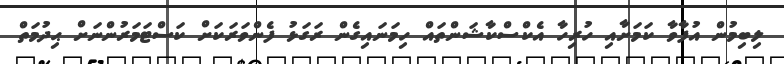
ލިބިމުން އުފާވާ ކަމަށާއި ހުރިހާ އެކްސްކާޝަންތައް ހިމަނައިގެން ރަގަޅު ފެންވަރަކަށް ކަސްޓަމަރުންނަށް ޙިދުމަތް